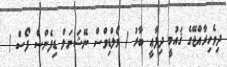
ދިވެހިރާއްޖޭގެ ޤައުމީ ދިފާޢީ ބާރު ( މޯލްޑިވްސް ނޭޝަނަލް ޑިފެންސް ފޯސް )